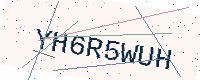
Text: YH6R5WUH